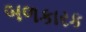
બળકારક